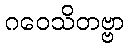
ဂဝေသိတဗ္ဗာ